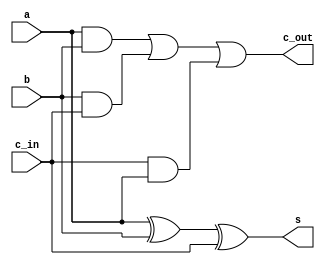
`timescale 1ns / 1ps
//////////////////////////////////////////////////////////////////////////////////
// Company: 
// Engineer: 
// 
// Design Name: 
// Module Name: FA
// Project Name: 
// Target Devices: 
// Tool Versions: 
// Description: 
// 
// Dependencies: 
// 
// Revision:
// Revision 0.01 - File Created
// Additional Comments:
// 
//////////////////////////////////////////////////////////////////////////////////


module FA(a, b, c_in, s, c_out);
    input a,b,c_in;
    output s,c_out;
    
    assign s = a^b^c_in;
    assign c_out=(a&b)|(b&c_in)|(c_in&a);
    
endmodule